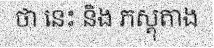
ថា នេះ និង ភស្តុតាង